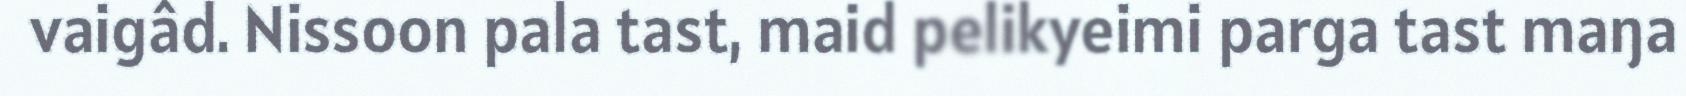
vaigâd. Nissoon pala tast, maid pelikyeimi parga tast maŋa